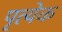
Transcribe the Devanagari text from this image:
पृत्येक